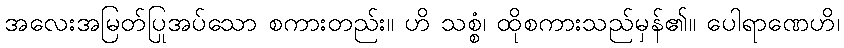
အလေးအမြတ်ပြုအပ်သော စကားတည်း။ ဟိ သစ္စံ၊ ထိုစကားသည်မှန်၏။ ပေါရာဏေဟိ၊